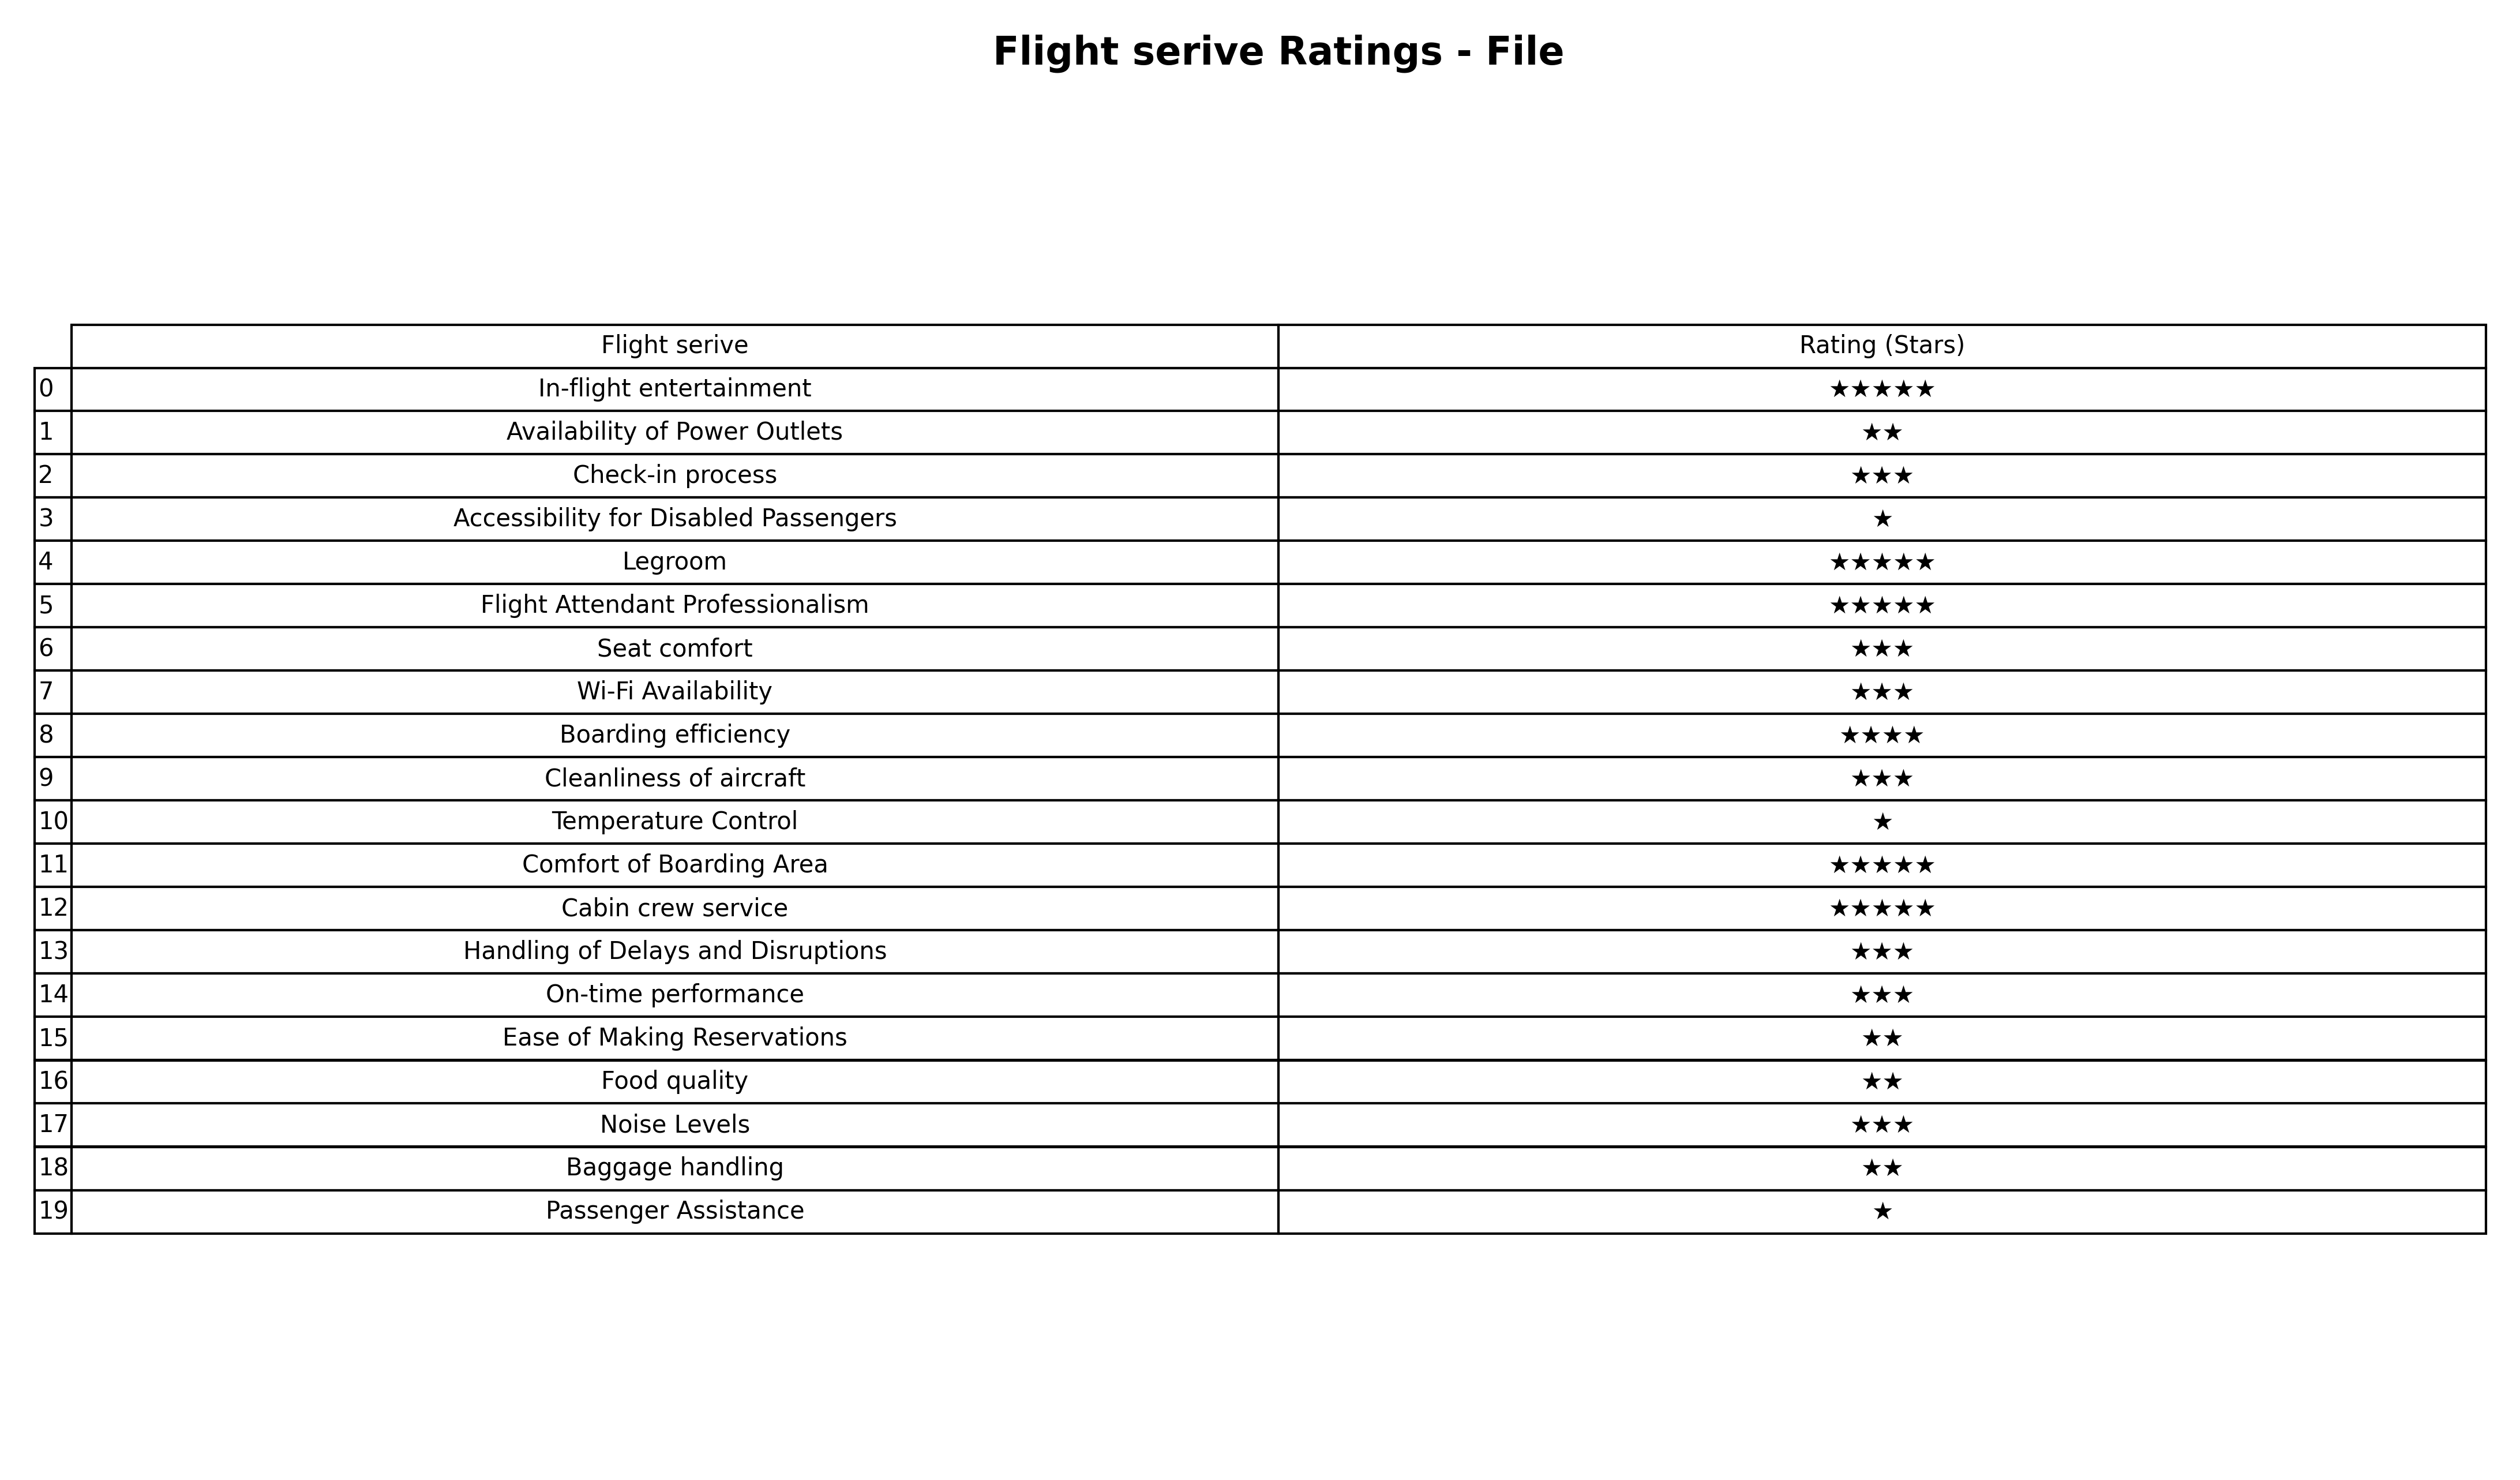
question: Which services are rated average?
answer: Check-in processSeat comfortWi-Fi AvailabilityCleanliness of aircraftHandling of Delays and DisruptionsOn-time performanceNoise Levels